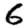
Digit: 6